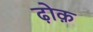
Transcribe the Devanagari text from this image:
ढ़ोक़